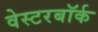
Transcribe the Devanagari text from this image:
वेस्टरबॉर्क